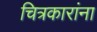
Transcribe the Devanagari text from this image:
चित्रकारांना